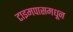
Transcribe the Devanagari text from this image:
टाइमपासमधून